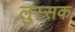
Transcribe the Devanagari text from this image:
लुस्सक